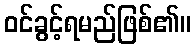
ဝင်ခွင့်ရမည်ဖြစ်၏။